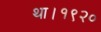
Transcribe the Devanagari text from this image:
था।१९२०